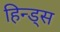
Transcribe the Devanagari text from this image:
हिन्ड्स